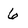
Character: 6